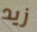
زيد